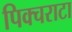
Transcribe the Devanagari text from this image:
पिक्चराटा